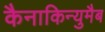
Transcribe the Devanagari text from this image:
कैनाकिन्युमैब